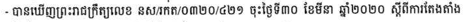
- បានឃើញព្រះរាជក្រឹត្យលេខ នស/រកត/០៣២០/៤២១ ចុះថ្ងៃទី៣០ ខែមីនា ឆ្នាំ២០២០ ស្តីពីការតែងតាំង